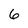
Character: 6